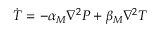
\dot { T } = - \alpha _ { M } \nabla ^ { 2 } P + \beta _ { M } \nabla ^ { 2 } T